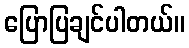
ပြောပြချင်ပါတယ်။